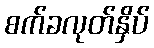
စက်ခလုတ်နှိပ်